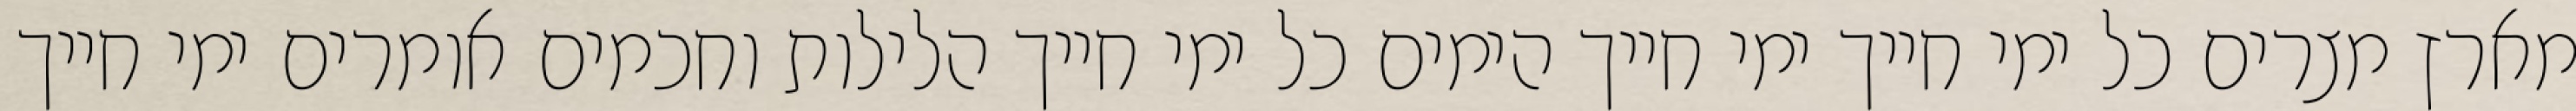
מארץ מצרים כל ימי חייך ימי חייך הימים כל ימי חייך הלילות וחכמים אומרים ימי חייך